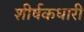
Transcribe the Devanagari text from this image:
शीर्षकधारी